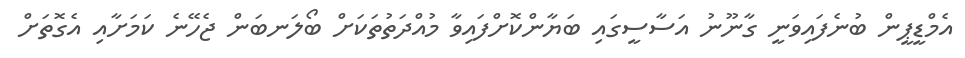
އެމްޑީޕީން ބުނެފައިވަނީ ގާނޫނު އަސާސީގައި ބަޔާންކޮށްފައިވާ މުއްދަތުތަކަށް ބޯލަނބަން ޖެހޭނެ ކަމަށާއި އެގޮތަށް